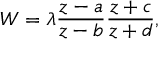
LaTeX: W = \lambda \frac { z - a } { z - b } \frac { z + c } { z + d } ,